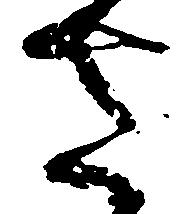
さ